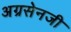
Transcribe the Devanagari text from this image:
अग्रसेनजी